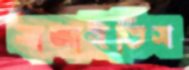
সাজাইতিস